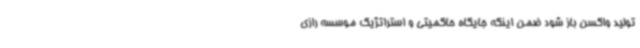
تولید واکسن باز شود ضمن اینکه جایگاه حاکمیتی و استراتژیک موسسه رازی